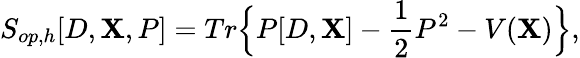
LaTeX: S_{op,h}[D,\mathbf{X},P]=Tr\Big\{ P[D,\mathbf{X}]-\frac{{1}}{{2}}P^{2}-V(\mathbf{X})\Big\} ,